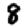
Digit: 8